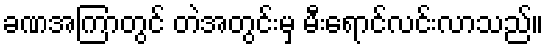
ခဏအကြာတွင် တဲအတွင်းမှ မီးရောင်လင်းလာသည်။